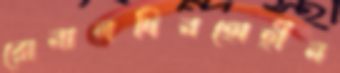
রোনালদিনহোহীন